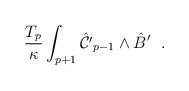
LaTeX: \begin{align*}\frac{T_p}{\kappa}\int_{p+1}\hat{{\cal C}'}_{p-1}\wedge \hat B'~~.\end{align*}